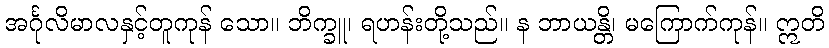
အင်္ဂုလိမာလနှင့်တူကုန် သော။ ဘိက္ခူ၊ ရဟန်းတို့သည်။ န ဘာယန္တိ၊ မကြောက်ကုန်။ ဣတိ